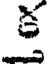
క